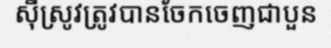
ស៊ីស្រូវត្រូវបានចែកចេញជាបួន